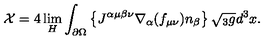
{ \cal X } = 4 \lim _ { H } \int _ { \partial \Omega } \left\{ J ^ { \alpha \mu \beta \nu } \nabla _ { \alpha } ( f _ { \mu \nu } ) n _ { \beta } \right\} \sqrt { { } _ { 3 } g } d ^ { 3 } x .